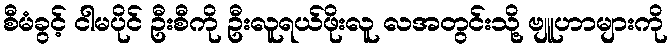
စီမံခွင့် ငါမပိုင် ဦးစီကို ဦးလူရယ်ဖိုးလူ လအတွင်းသို့ ဗျူဟာများကို